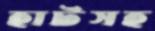
হাটসহ